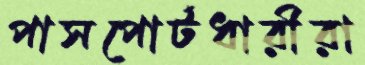
পাসপোর্টধারীরা